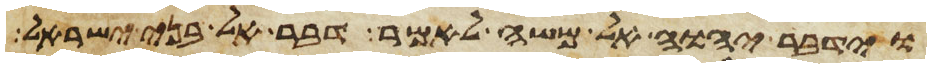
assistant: וידבר יהוה אל משה לאמר דבר אל בני ישראל